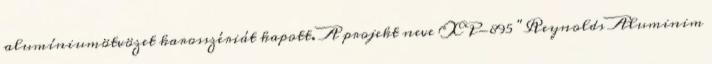
alumíniumötvözet karosszériát kapott. A projekt neve XP-895 "Reynolds Aluminim